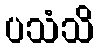
ပသံသိ